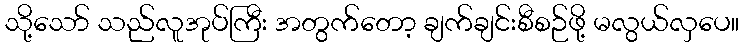
သို့သော် သည်လူအုပ်ကြီး အတွက်တော့ ချက်ချင်းစီစဉ်ဖို့ မလွယ်လှပေ။